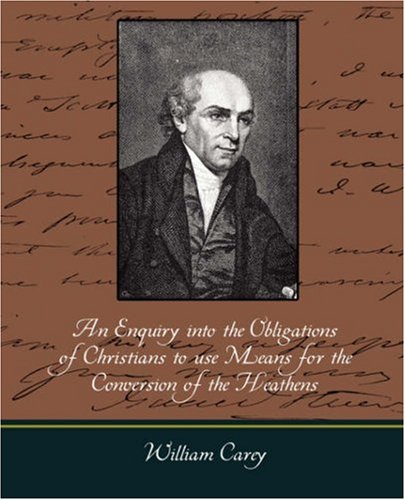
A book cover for An Enquiry Into the Obligations of Christians to Use Means for the Conversion of the Heathens; Carey William Carey; Politics & Social Sciences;